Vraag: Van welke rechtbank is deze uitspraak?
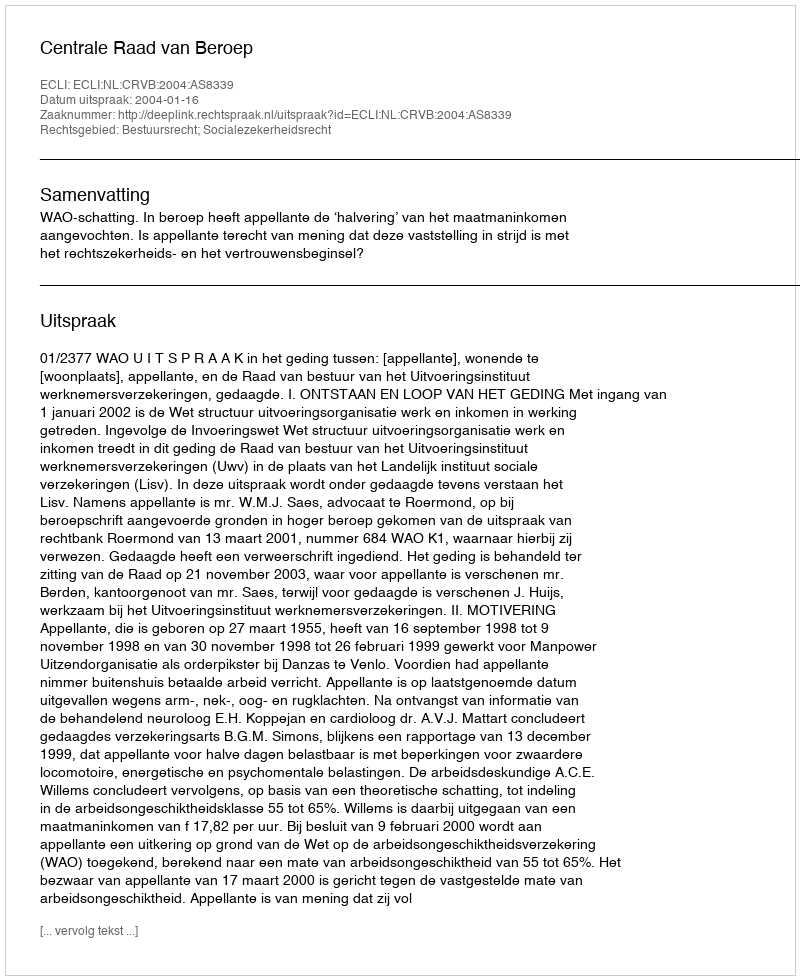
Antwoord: Centrale Raad van Beroep